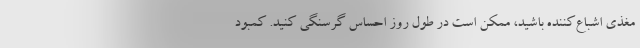
مغذی اشباع‌کننده باشید، ممکن است در طول روز احساس گرسنگی کنید. کمبود